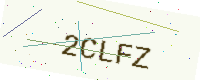
Text: 2CLFZ